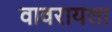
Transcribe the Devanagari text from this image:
वावरायला